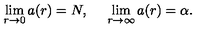
\lim _ { r \rightarrow 0 } a ( r ) = N , \: \: \: \: \: \: \lim _ { r \rightarrow \infty } a ( r ) = \alpha .